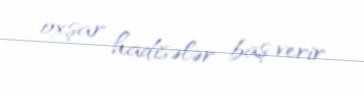
oxşar hadisələr baş verir.